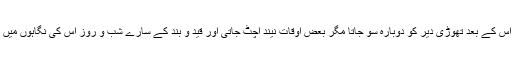
عام طور پر وہ اس کے بعد تھوڑی دیر کو دوبارہ سو جاتا مگر بعض اوقات نیند اچٹ جاتی اور قید و بند کے سارے شب و روز اس کی نگاہوں میں گھومنے لگتے۔